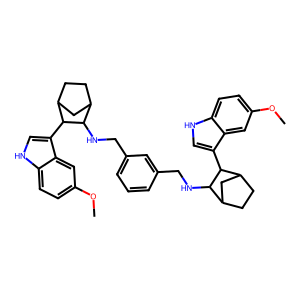
SMILES: COc1ccc2[nH]cc(C3C4CCC(C4)C3NCc3cccc(CNC4C5CCC(C5)C4c4c[nH]c5ccc(OC)cc45)c3)c2c1
Inhibits HIV replication: No